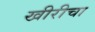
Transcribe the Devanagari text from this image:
खीरीचा